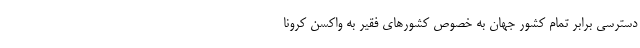
دسترسی برابر تمام کشور جهان به ‌خصوص کشور‌های فقیر به واکسن کرونا